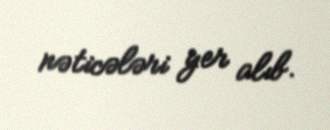
nəticələri yer alıb.